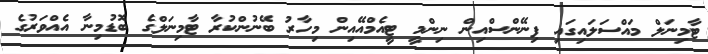
ޓާމިނަލް މައްސަލައިގައި ފިނޭންސްއިން ނިންމީ ޓީއެމްއޭއިން މިހާރު ބޭނުންކުރާ ޓާމިނަލްގެ ބޮޑުމިނާ އެއްވަރުގެ